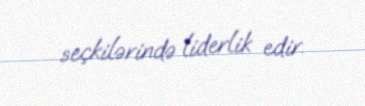
seçkilərində liderlik edir.